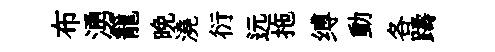
布湧籠晚澆衍远拖缚動各躊